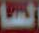
السا